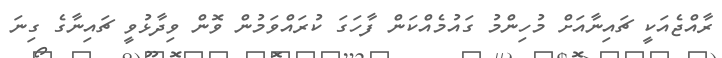
ރާއްޖެއަކީ ޗައިނާއަށް މުހިންމު ގައުމެއްކަން ފާހަގަ ކުރައްވަމުން ވޮން ވިދާޅުވީ ޗައިނާގެ ގިނަ